Scottish Certificate of Education, 1963
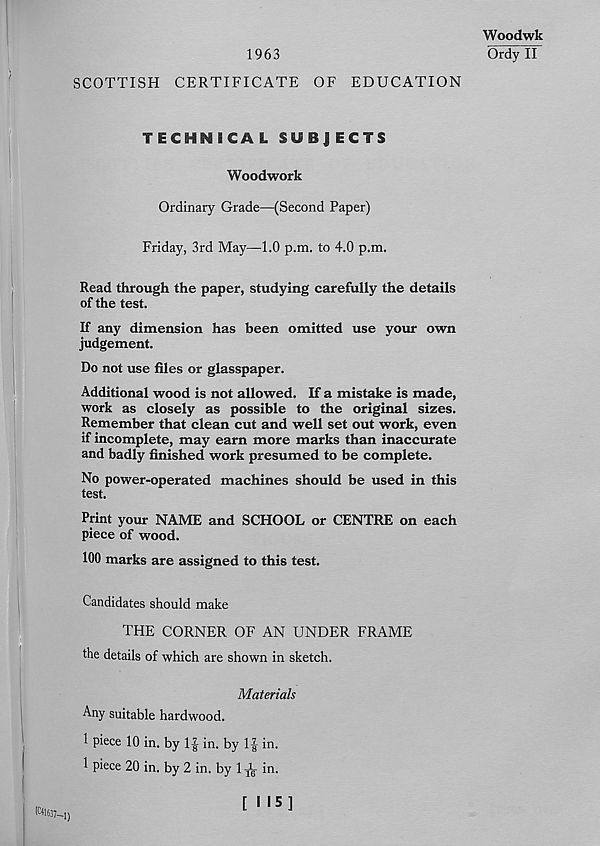
1963
SCOTTISH CERTIFICATE OF EDUCATION
Woodwk
Ordy II
TECHNICAL SUBJECTS
Woodwork
Ordinary Grade—(Second Paper)
Friday, 3rd May—1.0 p.m. to 4.0 p.m.
Read through the paper, studying carefully the details
of the test.
If any dimension has been omitted use your own
judgement.
Do not use files or glasspaper.
Additional wood is not allowed. If a mistake is made,
work as closely as possible to the original sizes.
Remember that clean cut and well set out work, even
if incomplete, may earn more marks than inaccurate
and badly finished work presumed to be complete.
No power-operated machines should be used in this
test.
Print your NAME and SCHOOL or CENTRE on each
piece of wood.
100 marks are assigned to this test.
Candidates should make
THE CORNER OF AN UNDER FRAME
the details of which are shown in sketch.
Materials
Any suitable hardwood.
1 piece 10 in. by If in. by 1| in.
1 piece 20 in. by 2 in. by 1 ^ i n -
( c *1637-l)
[NS]